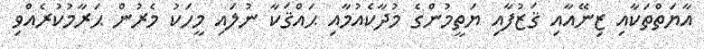
އާޔަތްތަކާއި ޒިނޭއާއި ޤަޒުފާއި ޔަތީމުންގެ މުދާކެއުމާއި ޙައްޤަކާ ނުލައި މީހަކު މެރުން ޙަރާމުކުރެއްވި